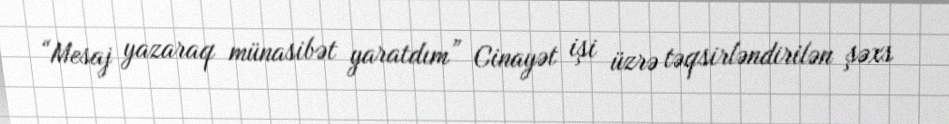
“Mesaj yazaraq münasibət yaratdım” Cinayət işi üzrə təqsirləndirilən şəxs